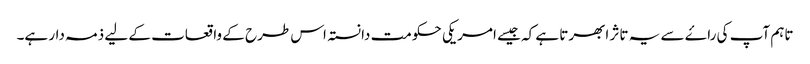
تاہم آپ کی راۓ سے یہ تاثر ابھرتا ہے کہ جیسے امریکی حکومت دانستہ اس طرح کے واقعات کے لیے ذمہ دار ہے۔